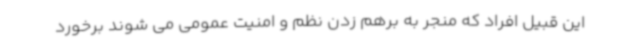
این قبیل افراد که منجر به برهم زدن نظم و امنیت عمومی می شوند برخورد